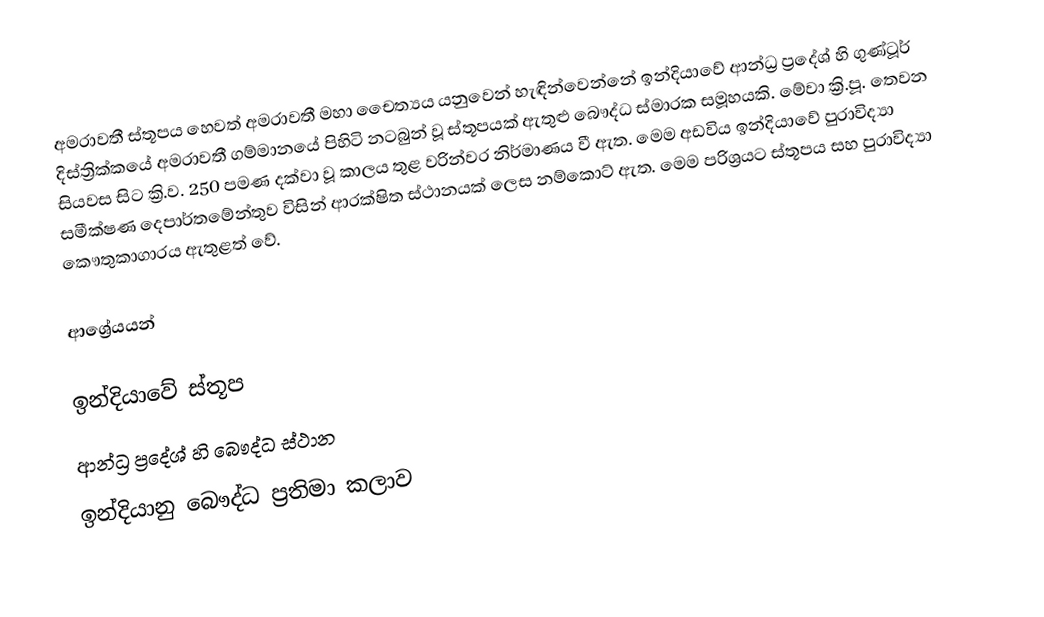
අමරාවතී ස්තූපය හෙවත් අමරාවතී මහා චෛත්‍යය යනුවෙන් හැඳින්වෙන්නේ ඉන්දියාවේ ආන්ධ්‍ර ප්‍රදේශ් හි ගුණ්ටූර් දිස්ත්‍රික්කයේ අමරාවතී ගම්මානයේ පිහිටි නටබුන් වූ ස්තූපයක් ඇතුළු බෞද්ධ ස්මාරක සමූහයකි. මේවා ක්‍රි.පූ. තෙවන සියවස සිට ක්‍රි.ව. 250 පමණ දක්වා වූ කාලය තුළ වරින්වර නිර්මාණය වී ඇත. මෙම අඩවිය ඉන්දියාවේ පුරාවිද්‍යා සමීක්ෂණ දෙපාර්තමේන්තුව විසින් ආරක්ෂිත ස්ථානයක් ලෙස නම්කොට් ඇත. මෙම පරිශ්‍රයට ස්තූපය සහ පුරාවිද්‍යා කෞතුකාගාරය ඇතුළත් වේ.

ආශ්‍රේයයන්

ඉන්දියාවේ ස්තූප
ආන්ධ්‍ර ප්‍රදේශ් හි බෞද්ධ ස්ථාන
ඉන්දියානු බෞද්ධ ප්‍රතිමා කලාව